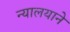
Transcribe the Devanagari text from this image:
न्यालयाने